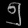
Digit: ၅